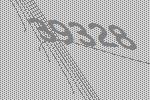
39328